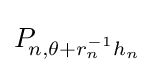
P_{\!n,\theta +r_{n}^{-1}h_{n}}